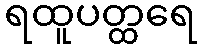
ရထူပတ္ထရေ